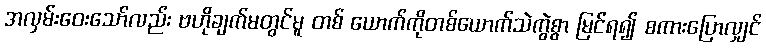
အလှမ်းဝေးသော်လည်း ဗဟိုချက်မတွင်မူ တစ် ယောက်ကိုတစ်ယောက်သဲကွဲစွာ မြင်ရ၍ စကားပြောလျှင်